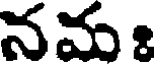
నమ ః